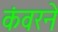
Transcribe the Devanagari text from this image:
कंवरने